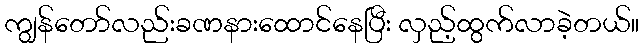
ကျွန်တော်လည်းခဏနားထောင်နေပြီး လှည့်ထွက်လာခဲ့တယ်။